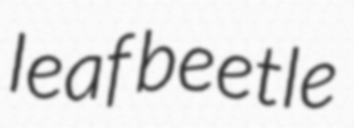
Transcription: leaf beetle